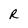
Character: R